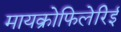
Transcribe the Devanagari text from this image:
मायक्रोफिलेरिई